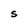
Character: S